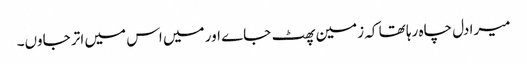
میرا دل چاہ رہا تھا کہ زمین پھٹ جاے اور میں اس میں اتر جاوں۔